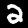
Label: 2